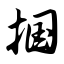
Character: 掴